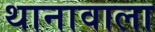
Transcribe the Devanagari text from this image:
थानावाला